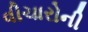
વીચારોની